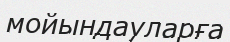
мойындауларға